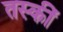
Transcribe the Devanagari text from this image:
तस्कीं